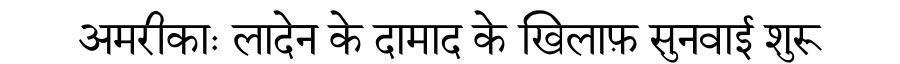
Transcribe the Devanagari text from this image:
अमरीकाः लादेन के दामाद के खिलाफ़ सुनवाई शुरू